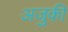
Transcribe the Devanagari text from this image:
अजुकी